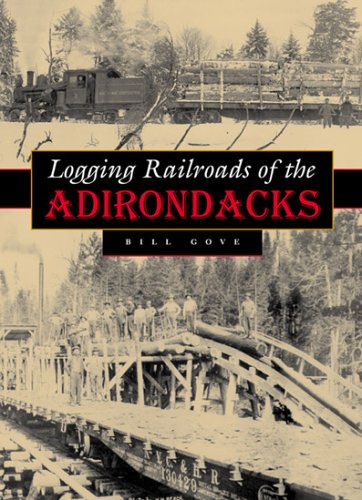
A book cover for Logging Railroads of the Adirondacks; William Gove; Arts & Photography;